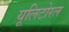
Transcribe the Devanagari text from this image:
यूलिटोरल